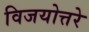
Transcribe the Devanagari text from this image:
विजयोत्तरे